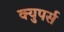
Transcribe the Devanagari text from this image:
क्युपर्स